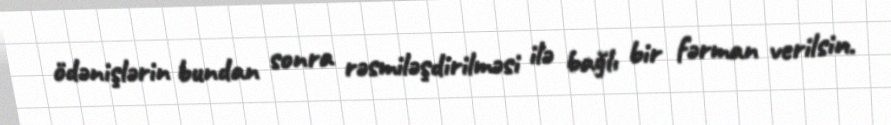
ödənişlərin bundan sonra rəsmiləşdirilməsi ilə bağlı bir fərman verilsin.